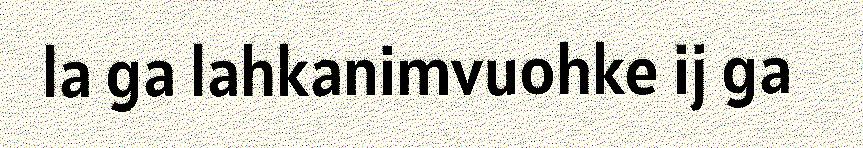
la ga lahkanimvuohke ij ga